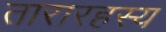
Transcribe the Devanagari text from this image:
तारारहस्य